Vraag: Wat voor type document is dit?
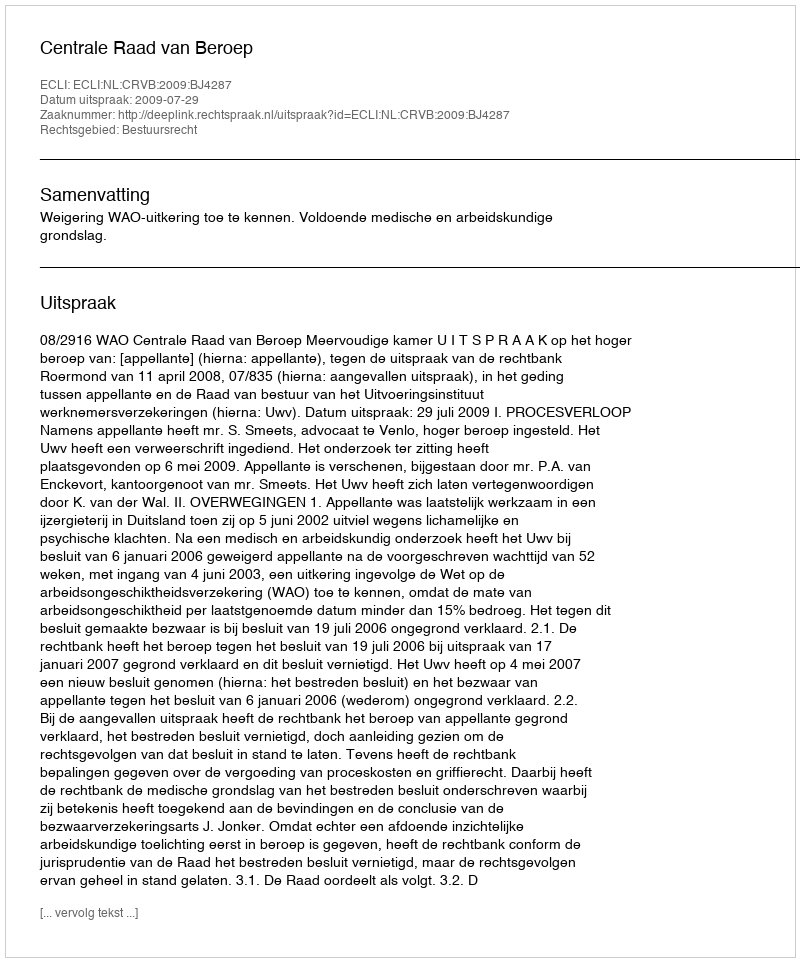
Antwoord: Uitspraak